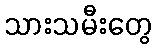
သားသမီးတွေ